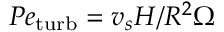
P e _ { \mathrm { t u r b } } = v _ { s } H / R ^ { 2 } \Omega